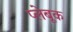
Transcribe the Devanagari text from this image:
प्लेबूक